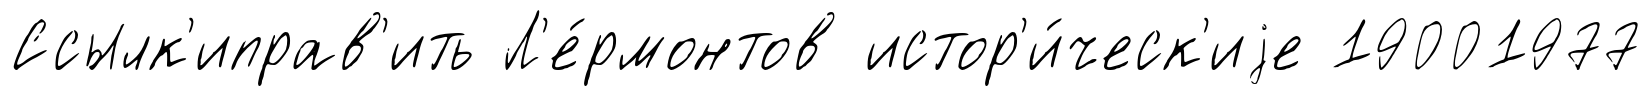
Ссылк'иправ'ить Л'е́рмонтов истор'и́ческ'иjе 19001977